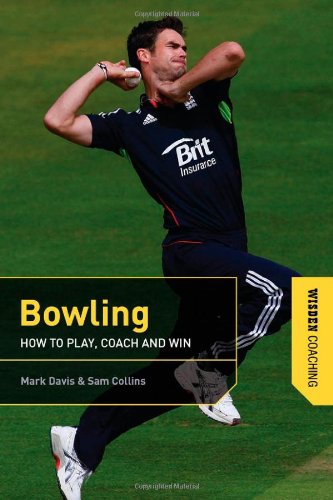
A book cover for Bowling (Wisden Coaching); Mark Davis; Sports & Outdoors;